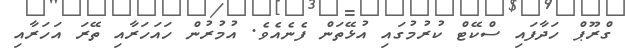
ގްރޫޕް ހަދާފައި ސްކޭޓް ކުރުމުގައި އުޅޭތަން ފެނެއެވެ. އުމުރުން ހައަހަރާއި ތޭރަ އަހަރާއި